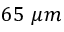
6 5 ~ \mu m